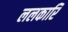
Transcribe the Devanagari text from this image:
ललकारि